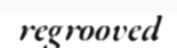
regrooved